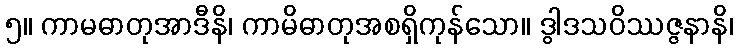
၅။ ကာမဓာတုအာဒီနိ၊ ကာမိဓာတုအစရှိကုန်သော။ ဒွါဒသဝိဿဇ္ဇနာနိ၊